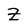
Character: Z